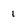
Character: 1